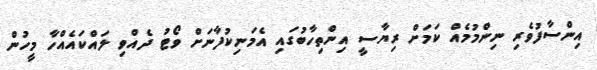
އިންސާފުވެރި ނިންމުމެއް ކަމަށް ރިޔާސީ އިންތިހާބުގައި އެމަނިކުފާނަށް ވޯޓު ދެއްވި ލައްކައެއްހާ މީހުން